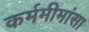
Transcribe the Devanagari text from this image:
कर्ममीमांसा